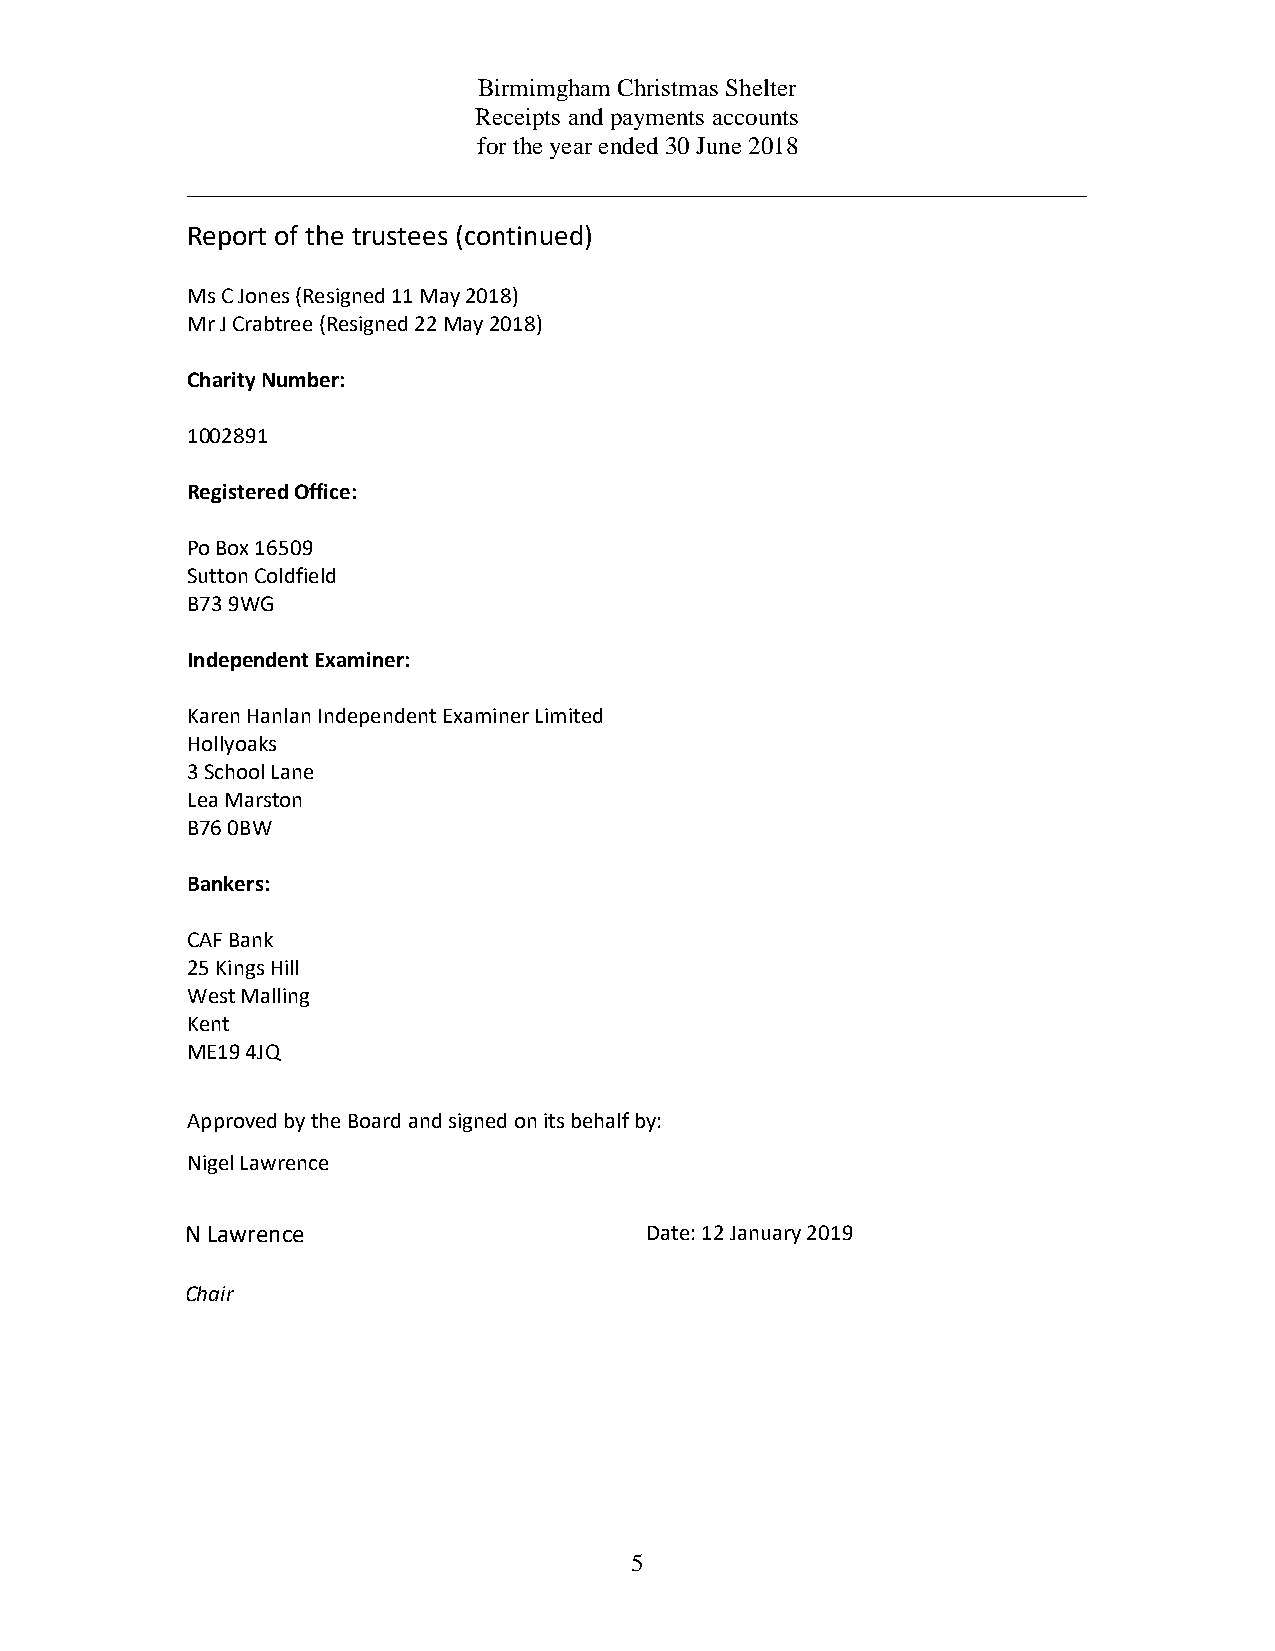
Birmimgham Christmas Shelter
 Receipts and payments accounts
 for the year ended 30 June 2018
 Report of the trustees (continued)
 Ms C Jones (Resigned 11 May 2018)
 Mr J Crabtree (Resigned 22 May 2018)
 Charity Number:
 1002891
 Registered Office:
 Po Box 16509
 Sutton Coldfield
 B73 9WG
 Independent Examiner:
 Karen Hanlan Independent Examiner Limited
 Hollyoaks
 3 School Lane
 Lea Marston
 B76 0BW
 Bankers:
 CAF Bank
 25 Kings Hill
 West Malling
 Kent
 ME19 4JQ
 Approved by the Board and signed on its behalf by:
 Nigel Lawrence
 N Lawrence                     Date: 12 January 2019
 Chair
 5